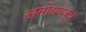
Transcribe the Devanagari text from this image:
अमोधवर्ष